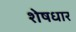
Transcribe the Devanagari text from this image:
शेषधार